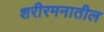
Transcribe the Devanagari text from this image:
शरीरमनातील